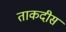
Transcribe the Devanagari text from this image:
ताकदीस